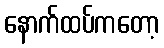
နောက်ထပ်ကတော့